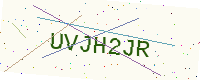
Text: UVJH2JR